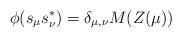
LaTeX: \begin{align*}\phi(s_\mu s^*_\nu)=\delta_{\mu,\nu}M(Z(\mu))\end{align*}